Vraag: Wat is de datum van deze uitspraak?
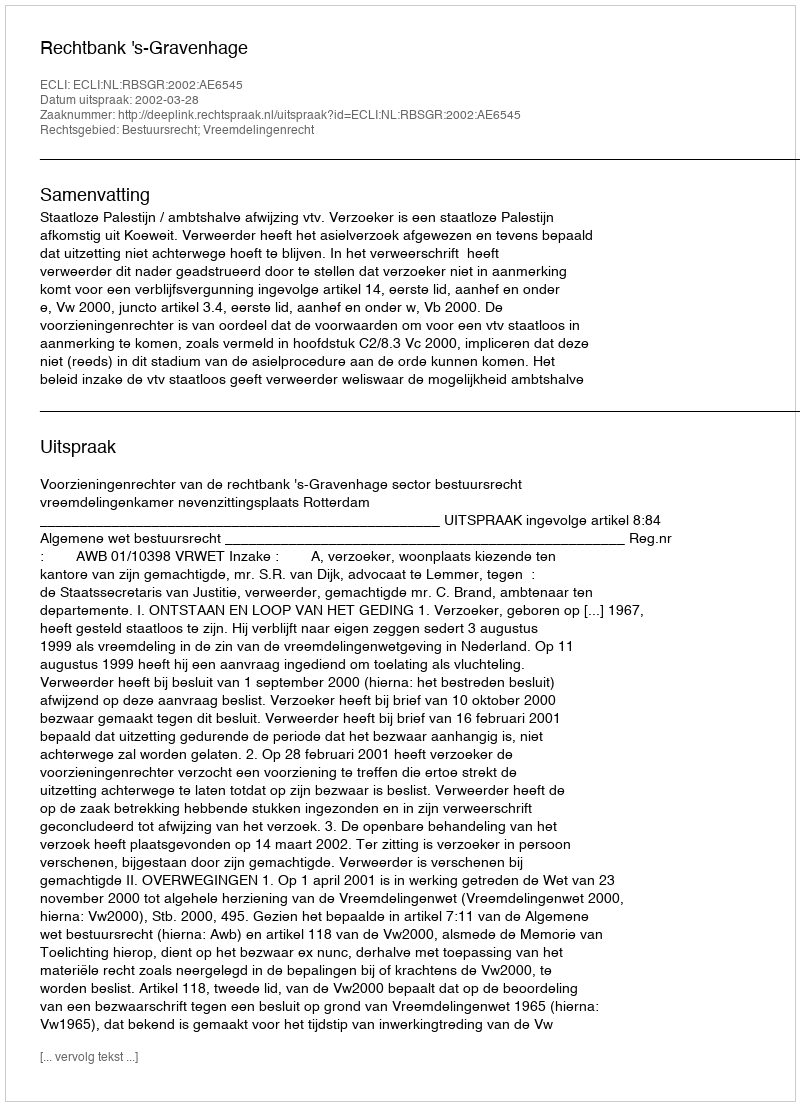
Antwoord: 2002-03-28